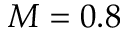
M = 0 . 8